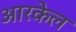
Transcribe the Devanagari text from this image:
आरकेल